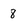
Character: 8